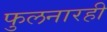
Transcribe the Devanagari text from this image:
फुलनारही